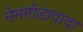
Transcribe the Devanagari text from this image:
नेमगोंडादादा